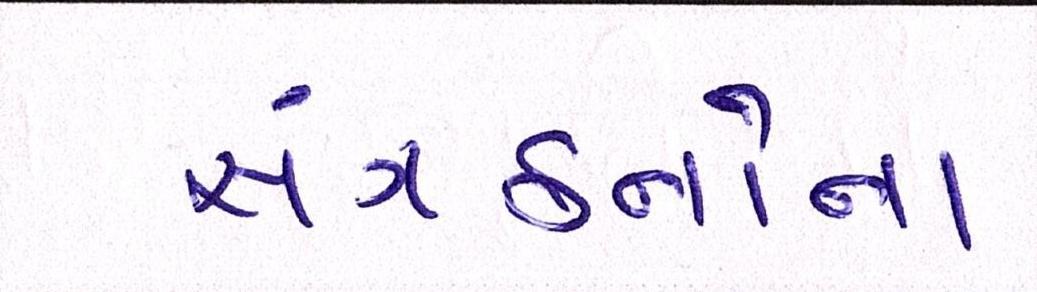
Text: સંગઠનોના